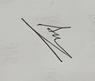
Signature authenticity: genuine